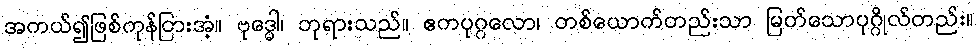
အကယ်၍ဖြစ်ကုန်ငြားအံ့။ ဗုဒ္ဓေါ၊ ဘုရားသည်။ ဧကပုဂ္ဂလော၊ တစ်ယောက်တည်းသာ မြတ်သောပုဂ္ဂိုလ်တည်း။